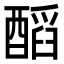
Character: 𨢝